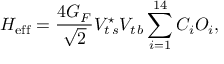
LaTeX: { \cal H } _ { \mathrm { e f f } } = \frac { 4 G _ { F } } { \sqrt { 2 } } V _ { t \, s } ^ { \star } V _ { t \, b } \sum _ { i = 1 } ^ { 1 4 } C _ { i } O _ { i } ,